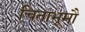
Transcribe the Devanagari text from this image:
चिताभूमौ